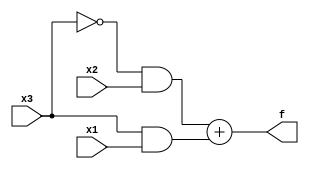
module top_module( 
    input x3,
    input x2,
    input x1,  // three inputs
    output f   // one output
);
    // Minimized Expression for the above truth table is ~x3.x2 + x3.x1
    assign f = (~x3 & x2) + (x3 & x1);

endmodule